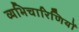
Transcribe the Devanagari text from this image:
व्यभिचारिणियों